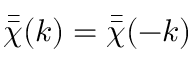
\bar { \bar { \chi } } ( k ) = { \bar { \bar { \chi } } } ( - k )